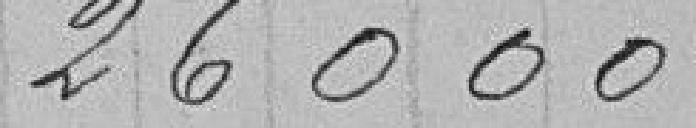
26 000